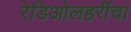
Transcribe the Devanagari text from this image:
रेडिओलहरींचा